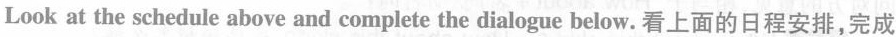
Look at the schedule above and complete the dialogue below.看上面的日程安排，完成